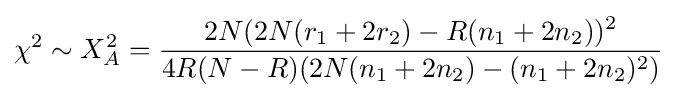
\chi ^{2}\sim X_{A}^{2}={\frac {2N(2N(r_{1}+2r_{2})-R(n_{1}+2n_{2}))^{2}}{4R(N-R)(2N(n_{1}+2n_{2})-(n_{1}+2n_{2})^{2})}}